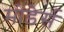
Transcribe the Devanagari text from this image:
मोडेर्स